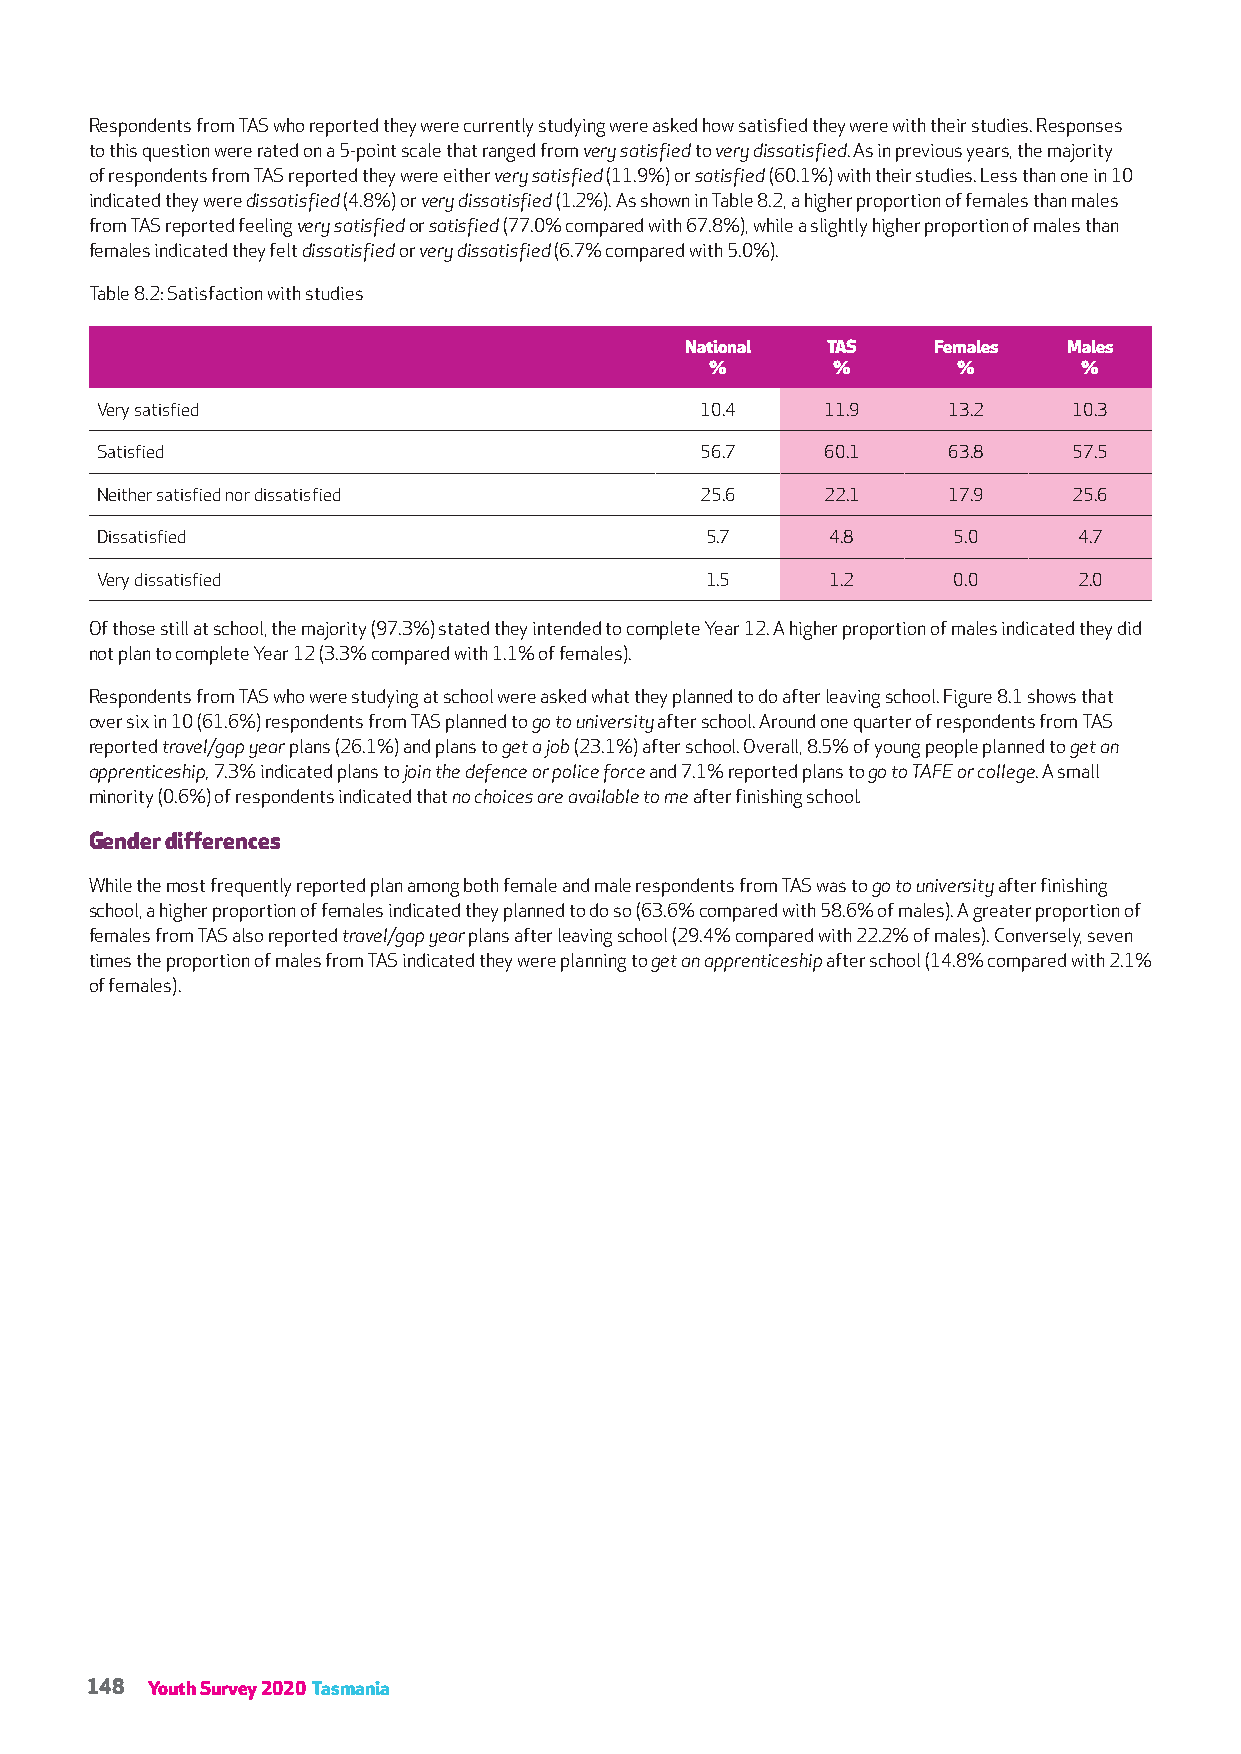
Respondents from TAS who reported they were currently studying were asked how satisfied they were with their studies. Responses
 to this question were rated on a 5-point scale that ranged from very satisfied to very dissatisfied. As in previous years, the majority
 of respondents from TAS reported they were either very satisfied (11.9%) or satisfied (60.1%) with their studies. Less than one in 10
 indicated they were dissatisfied (4.8%) or very dissatisfied (1.2%). As shown in Table 8.2, a higher proportion of females than males
 from TAS reported feeling very satisfied or satisfied (77.0% compared with 67.8%), while a slightly higher proportion of males than
 females indicated they felt dissatisfied or very dissatisfied (6.7% compared with 5.0%).
 Table 8.2: Satisfaction with studies
 National  TAS    Females  Males
 %       %       %        %
 Very satisfied                          10.4     11.9    13.2    10.3
 Satisfied                               56.7     60.1    63.8    57.5
 Neither satisfied nor dissatisfied      25.6     22.1    17.9    25.6
 Dissatisfied                             5.7     4.8     5.0     4.7
 Very dissatisfied                        1.5     1.2     0.0     2.0
 Of those still at school, the majority (97.3%) stated they intended to complete Year 12. A higher proportion of males indicated they did
 not plan to complete Year 12 (3.3% compared with 1.1% of females).
 Respondents from TAS who were studying at school were asked what they planned to do after leaving school. Figure 8.1 shows that
 over six in 10 (61.6%) respondents from TAS planned to go to university after school. Around one quarter of respondents from TAS
 reported travel/gap year plans (26.1%) and plans to get a job (23.1%) after school. Overall, 8.5% of young people planned to get an
 apprenticeship, 7.3% indicated plans to join the defence or police force and 7.1% reported plans to go to TAFE or college. A small
 minority (0.6%) of respondents indicated that no choices are available to me after finishing school.
 Gender differences
 While the most frequently reported plan among both female and male respondents from TAS was to go to university after finishing
 school, a higher proportion of females indicated they planned to do so (63.6% compared with 58.6% of males). A greater proportion of
 females from TAS also reported travel/gap year plans after leaving school (29.4% compared with 22.2% of males). Conversely, seven
 times the proportion of males from TAS indicated they were planning to get an apprenticeship after school (14.8% compared with 2.1%
 of females).
 148 Youth Survey 2020 Tasmania